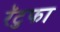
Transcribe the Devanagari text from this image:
रॅटुफा